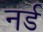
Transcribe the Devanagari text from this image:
नर्ड